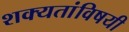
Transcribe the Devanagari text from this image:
शक्यतांविषयी